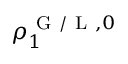
\rho _ { 1 } ^ { \mathrm { ~ G ~ / ~ L ~ } , 0 }